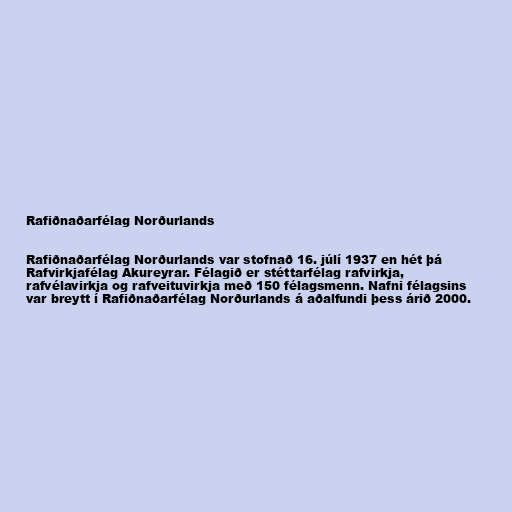
Rafiðnaðarfélag Norðurlands

Rafiðnaðarfélag Norðurlands var stofnað 16. júlí 1937 en hét þá
Rafvirkjafélag Akureyrar. Félagið er stéttarfélag rafvirkja,
rafvélavirkja og rafveituvirkja með 150 félagsmenn. Nafni félagsins
var breytt í Rafiðnaðarfélag Norðurlands á aðalfundi þess árið 2000.